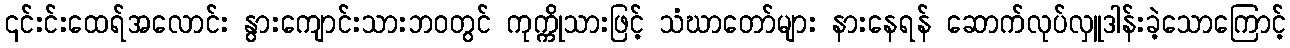
၎င်းင်းထေရ်အလောင်း နွားကျောင်းသားဘဝတွင် ကုက္ကိုသားဖြင့် သံဃာတော်များ နားနေရန် ဆောက်လုပ်လှူဒါန်းခဲ့သောကြောင့်